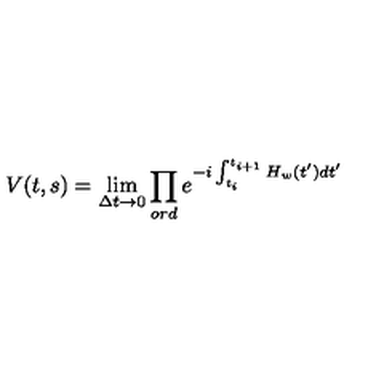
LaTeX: V ( t , s ) = \lim _ { \Delta t \rightarrow 0 } \prod _ { o r d } e ^ { - i \int _ { t _ { i } } ^ { t _ { i + 1 } } H _ { w } ( t ^ { \prime } ) d t ^ { \prime } }